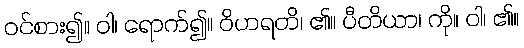
ဝင်စား၍။ ဝါ၊ ရောက်၍။ ဝိဟရတိ၊ ၏။ ပီတိယာ၊ ကို။ ဝါ၊ ၏။